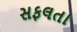
સફલતા